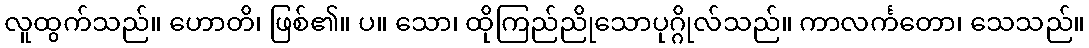
လူထွက်သည်။ ဟောတိ၊ ဖြစ်၏။ ပ။ သော၊ ထိုကြည်ညိုသောပုဂ္ဂိုလ်သည်။ ကာလင်္ကတော၊ သေသည်။